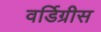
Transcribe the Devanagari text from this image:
वर्डिग्रीस